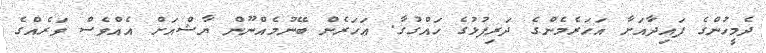
ދެމީހުންގެ ފައިދާއަށާ އަހަރެމެންގެ ދަރިފުޅުގެ ހައްގުގާ. އަހަރެން ބޭނުމެއްނޫން ޔާޝްއަށް އެއްވެސް ވަރެއްގެ